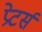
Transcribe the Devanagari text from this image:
प्रेटर्स